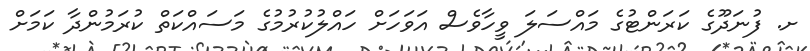
ށ. ފުނަދޫގެ ކަރަންޓުގެ މައްސަލަ ވީހާވެސް އަވަހަށް ހައްލުކުރުމުގެ މަސައްކަތް ކުރަމުންދާ ކަމަށް